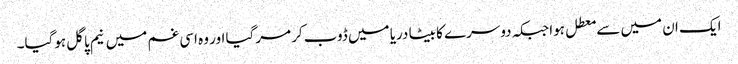
ایک ان میں سے معطل ہوا جبکہ دوسرے کا بیٹا دریا میں ڈوب کر مرگیا اور وہ اسی غم میں نیم پاگل ہوگیا۔